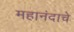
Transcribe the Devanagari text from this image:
महानंदाचे